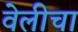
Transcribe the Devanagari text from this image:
वेलीचा